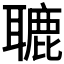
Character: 𦗓